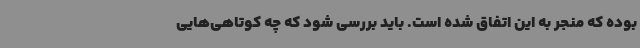
بوده که منجر به این اتفاق شده است. باید بررسی شود که چه کوتاهی‌هایی